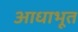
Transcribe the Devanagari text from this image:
आधाभूत